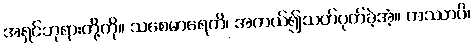
အရှင်ဘုရားတို့ကို။ သစေမာရေတိ၊ အကယ်၍သတ်ပုတ်ခဲ့အံ့။ ကဿာပိ၊